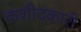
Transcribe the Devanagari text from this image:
कशीदकारी